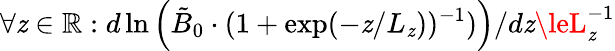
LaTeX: \forall\mathit{z}\in\mathbb{{R}}:d\ln\left(\tilde{{B}}_{0}\cdot(1+\exp(-\mathit{z}/L_{\mathit{z}}))^{-1})\right)/d\mathit{z}\leL_{\mathit{z}}^{-1}